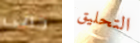
حمى التحليق